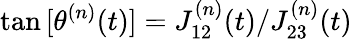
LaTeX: {\tan{[\theta^{(n)}(t)]}={J_{12}^{(n)}(t)}/{J_{23}^{(n)}(t)}}